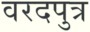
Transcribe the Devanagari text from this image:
वरदपुत्र